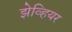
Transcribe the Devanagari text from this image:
झेव्हियर